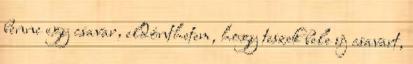
benne egy csavar, eldönthetem, hogy teszek bele új csavart,